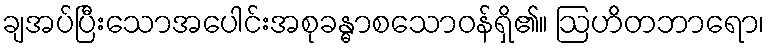
ချအပ်ပြီးသောအပေါင်းအစုခန္ဓာစသောဝန်ရှိ၏။ ဩဟိတဘာရော၊